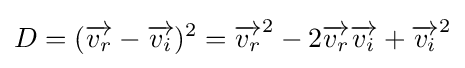
\,\!D=({\overrightarrow {v_{r}}}-{\overrightarrow {v_{i}}})^{2}={\overrightarrow {v_{r}}}^{2}-2{\overrightarrow {v_{r}}}{\overrightarrow {v_{i}}}+{\overrightarrow {v_{i}}}^{2}